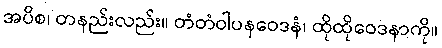
အပိစ၊ တနည်းလည်း။ တံတံဝါပနဝေဒနံ၊ ထိုထိုဝေဒနာကို။